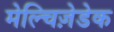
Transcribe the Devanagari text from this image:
मेल्चिज़ेडेक